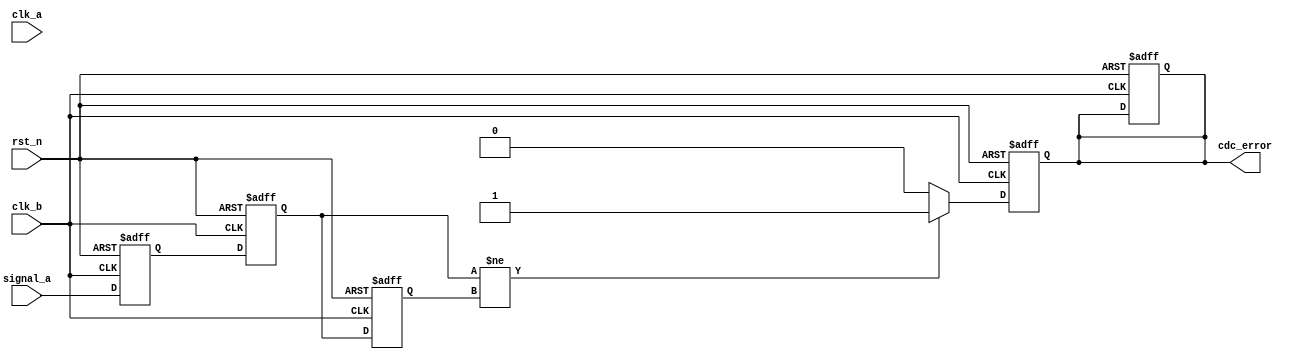
module cdc_detector #(
    parameter WIDTH = 1  // Width of the signal to be monitored
)(
    input wire clk_a,                   // Clock domain A
    input wire clk_b,                   // Clock domain B
    input wire rst_n,                   // Asynchronous active-low reset
    input wire [WIDTH-1:0] signal_a,   // Input signal from clock domain A
    output reg cdc_error                // Error flag for CDC violations
);

    // Internal signals for synchronization stages
    reg [WIDTH-1:0] sync_stage1;        // First stage of synchronization
    reg [WIDTH-1:0] sync_stage2;        // Second stage of synchronization
    reg [WIDTH-1:0] signal_prev;        // Previous synchronized signal

    // Synchronization process in clock domain B
    always @(posedge clk_b or negedge rst_n) begin
        if (!rst_n) begin
            sync_stage1 <= 0;
            sync_stage2 <= 0;
            cdc_error <= 0;
        end else begin
            sync_stage1 <= signal_a;      // Capture signal from domain A
            sync_stage2 <= sync_stage1;   // Second stage synchronization
        end
    end

    // Error detection logic
    always @(posedge clk_b or negedge rst_n) begin
        if (!rst_n) begin
            signal_prev <= 0;             // Initialize previous signal state
            cdc_error <= 0;               // Initialize error flag
        end else begin
            // Check for a glitch or change in the synchronized signal
            if (sync_stage2 != signal_prev) begin
                cdc_error <= 1;            // Set error flag if a change is detected
            end else begin
                cdc_error <= 0;            // Clear error flag if no change
            end
            signal_prev <= sync_stage2;    // Update previous signal state
        end
    end

endmodule